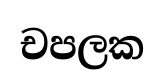
චපලක